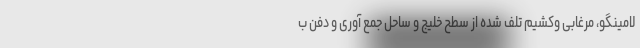
لامینگو، مرغابی وکشیم تلف شده از سطح خلیج و ساحل جمع آوری و دفن ب